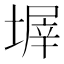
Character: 𡎰